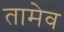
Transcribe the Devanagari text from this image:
तामेव